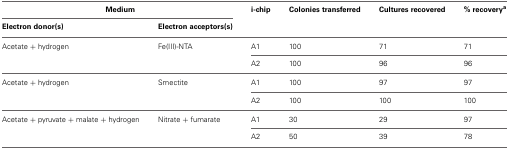
<table><thead><tr><td colspan="2"><b>Medium</b></td><td><b>i-chip</b></td><td><b>Colonies transferred</b></td><td><b>Cultures recovered</b></td><td><b>% recovery<sup>a</sup></b></td></tr><tr><td><b>Electron donor(s)</b></td><td><b>Electron acceptors(s)</b></td><td></td><td></td><td></td><td></td></tr></thead><tbody><tr><td>Acetate + hydrogen</td><td>Fe(III)-NTA</td><td>A1</td><td>100</td><td>71</td><td>71</td></tr><tr><td></td><td></td><td>A2</td><td>100</td><td>96</td><td>96</td></tr><tr><td>Acetate + hydrogen</td><td>Smectite</td><td>A1</td><td>100</td><td>97</td><td>97</td></tr><tr><td></td><td></td><td>A2</td><td>100</td><td>100</td><td>100</td></tr><tr><td>Acetate + pyruvate + malate + hydrogen</td><td>Nitrate + fumarate</td><td>A1</td><td>30</td><td>29</td><td>97</td></tr><tr><td></td><td></td><td>A2</td><td>50</td><td>39</td><td>78</td></tr></tbody></table>